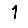
Digit: 1